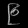
Digit: ၉